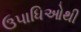
ઉપાધિઓથી